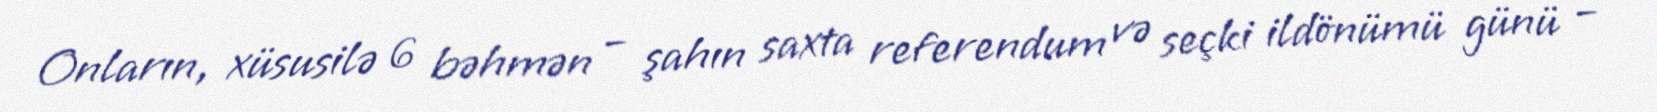
Onların, xüsusilə 6 bəhmən – şahın saxta referendum və seçki ildönümü günü –